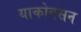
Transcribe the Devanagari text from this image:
याकोबसन